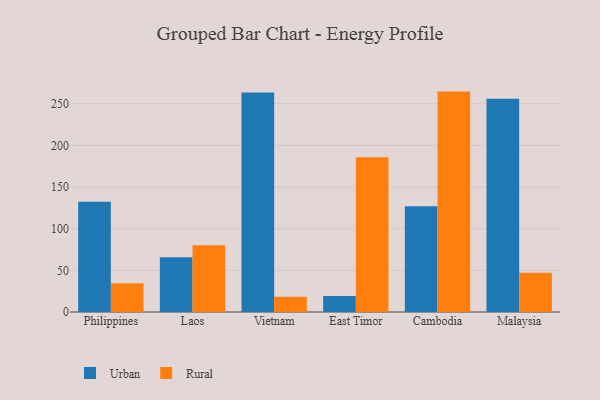
{"axis": {"x": "Country", "y": "Demand Index"}, "legend": ["Rural", "Urban"], "data": [{"x": "Philippines", "y": 132.3, "type": "Urban"}, {"x": "Philippines", "y": 34.5, "type": "Rural"}, {"x": "Laos", "y": 65.7, "type": "Urban"}, {"x": "Laos", "y": 80.0, "type": "Rural"}, {"x": "Vietnam", "y": 263.6, "type": "Urban"}, {"x": "Vietnam", "y": 18.2, "type": "Rural"}, {"x": "East Timor", "y": 19.2, "type": "Urban"}, {"x": "East Timor", "y": 185.8, "type": "Rural"}, {"x": "Cambodia", "y": 127.0, "type": "Urban"}, {"x": "Cambodia", "y": 264.6, "type": "Rural"}, {"x": "Malaysia", "y": 255.9, "type": "Urban"}, {"x": "Malaysia", "y": 47.0, "type": "Rural"}]}